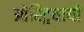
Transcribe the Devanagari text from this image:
ऑस्ट्रियायी